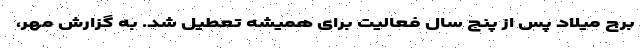
برج میلاد پس از پنج سال فعالیت برای همیشه تعطیل شد. به گزارش مهر،